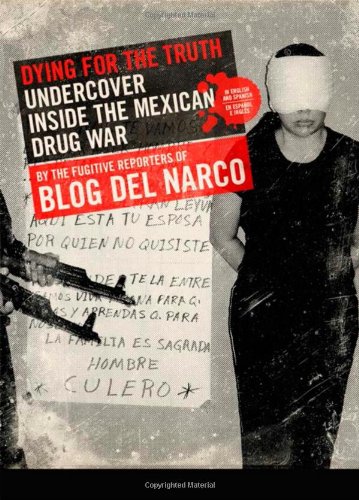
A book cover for Dying for the Truth: Undercover Inside the Mexican Drug War by the Fugitive Reporters of Blog del Narco; Blog del Narco; Biographies & Memoirs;